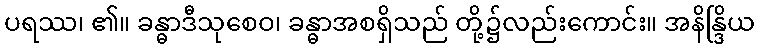
ပရဿ၊ ၏။ ခန္ဓာဒီသုစေဝ၊ ခန္ဓာအစရှိသည် တို့၌လည်းကောင်း။ အနိန္ဒြိယ